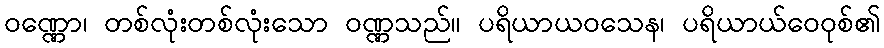
ဝဏ္ဏော၊ တစ်လုံးတစ်လုံးသော ဝဏ္ဏသည်။ ပရိယာယဝသေန၊ ပရိယာယ်ဝေဝုစ်၏